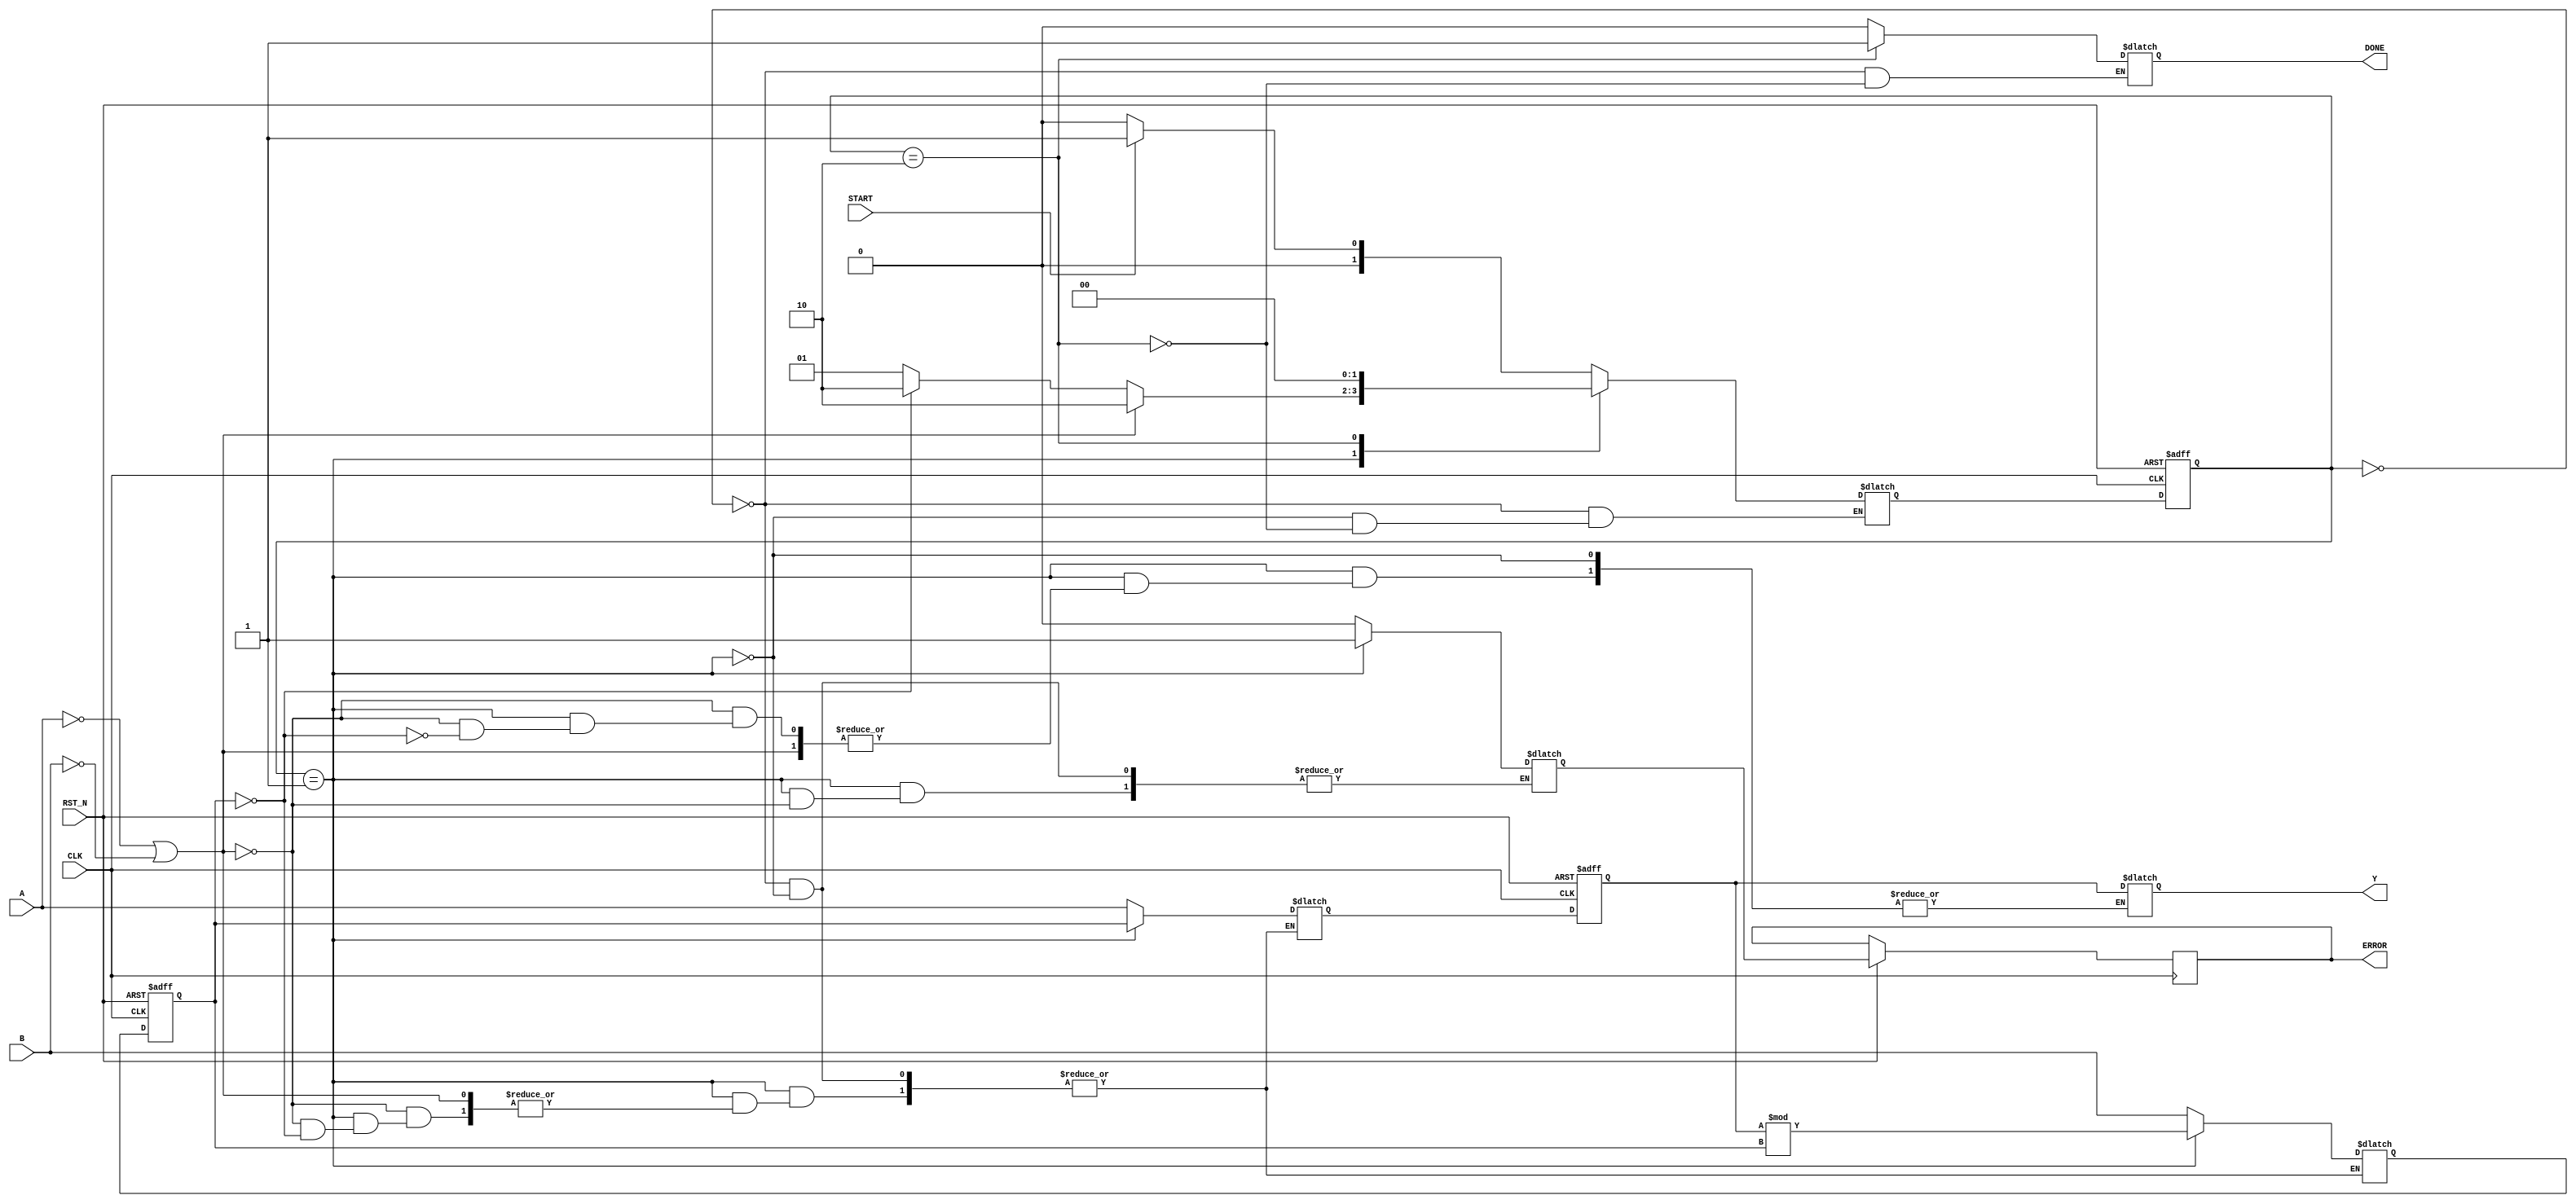
module GCD (
  input wire CLK,
  input wire RST_N,
  input wire [7:0] A,
  input wire [7:0] B,
  input wire START,
  output reg [7:0] Y,
  output reg DONE,
  output reg ERROR
);

parameter [1:0] IDLE   = 2'b00;
parameter [1:0] CALC   = 2'b01;
parameter [1:0] FINISH = 2'b10;
reg found, err, next_found;
reg [7:0] reg_a, reg_b, data_a, data_b, next_a, next_b;
reg [7:0] diff;
reg error_next;
reg [1:0] state, state_next;

always @(posedge CLK or negedge RST_N) begin
  if (!RST_N) begin
    state <= IDLE;
    reg_a <= 0;
    reg_b <= 0;
    found <= 0;
  end
  else begin
    state <= state_next;
    reg_a <= next_a;
    reg_b <= next_b;
    found <= next_found;
    ERROR <= error_next;
  end
end

always @* begin 
    case(state)
      IDLE: begin
          error_next = 0;
          next_a = A;
          next_b = B;
          next_found = 0;
          DONE = 0;
          if(START) begin
            state_next = CALC;
          end else begin
            state_next = IDLE;
          end
      end
      CALC: begin
        if(A == 0 || B == 0) begin
          error_next = 1;
          state_next = FINISH;
        end
        else begin
          if(reg_b == 0) begin
            Y = reg_a;
            state_next = FINISH;
          end else begin
            state_next = CALC;
            next_a = reg_b;
            next_b = reg_a % reg_b;
          end
        end
      end
      FINISH: begin
          DONE = 1;
          state_next = IDLE;
      end
    endcase
end
endmodule